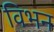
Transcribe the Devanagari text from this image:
विभन